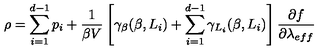
\rho = \sum _ { i = 1 } ^ { d - 1 } p _ { i } + \frac { 1 } { \beta V } \left[ \gamma _ { \beta } ( \beta , L _ { i } ) + \sum _ { i = 1 } ^ { d - 1 } \gamma _ { L _ { i } } ( \beta , L _ { i } ) \right] \frac { \partial f } { \partial \lambda _ { e f f } }